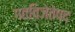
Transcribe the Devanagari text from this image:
गतविजेतेपद